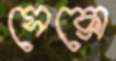
সেক্সে